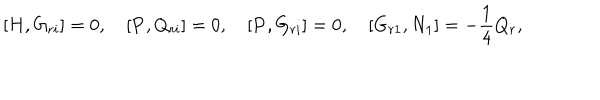
\lbrack { H , G _ { r i } } \rbrack = 0 , \quad \lbrack { { \bf P } , Q _ { r i } } \rbrack = 0 , \quad \lbrack { { \bf P } , G _ { r i } } \rbrack = 0 , \quad \lbrack { G _ { r 1 } , N _ { 1 } } \rbrack = - \frac { 1 } { 4 } Q _ { r } ,